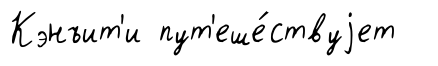
Кэнъит'и пут'еше́ствуjет